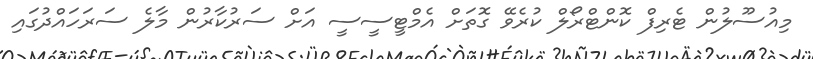
މިއުސޫލުން ޓެރިފް ކޮންޓްރޯލް ކުރެވޭ ގޮތަށް އެމްޓީސީސީ އަށް ސަރުކާރުން މާލެ ސަރަހައްދުގައި